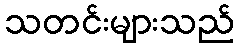
သတင်းများသည်